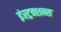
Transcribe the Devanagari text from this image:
इंस्ट्रक्शन्स